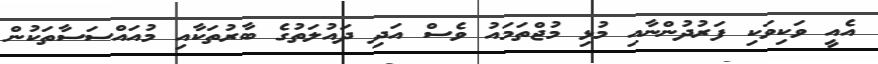
އެއީ ވަކިވަކި ފަރުދުންނާއި މުޅި މުޖްތަމައު ވެސް އަދި ދައުލަތުގެ ބާރުތަކާއި މުއައްސަސާތަކުން